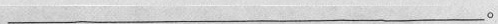
_____